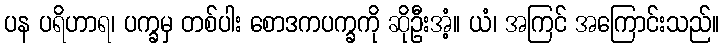
ပန ပရိဟာရ၊ ပက္ခမှ တစ်ပါး စောဒကပက္ခကို ဆိုဦးအံ့။ ယံ၊ အကြင် အကြောင်းသည်။